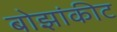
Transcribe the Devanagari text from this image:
बोझांकीट